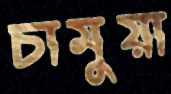
চামুয়া